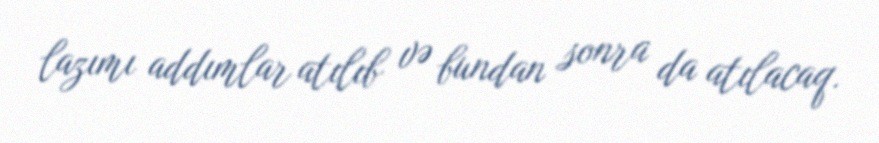
lazımı addımlar atılıb və bundan sonra da atılacaq.